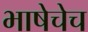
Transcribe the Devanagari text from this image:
भाषेचेच